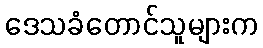
ဒေသခံတောင်သူများက